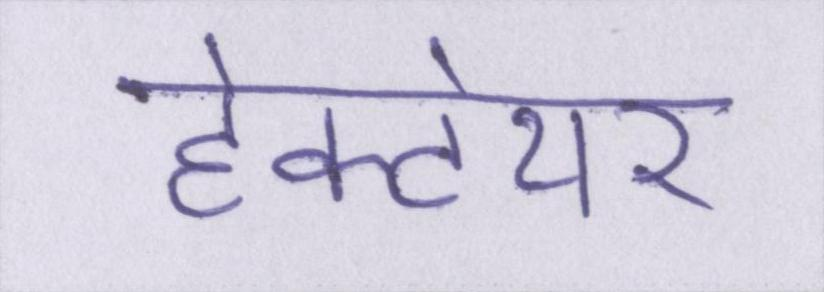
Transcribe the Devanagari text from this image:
हेक्टेयर